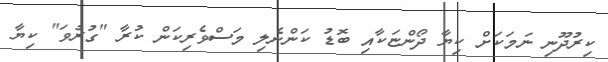
ކިރުދޫނި ނަމަކަށް ކިޔާ ދޯންޏަކާއި ބޮޑު ކަންނެލި މަސްވެރިކަން ކުރާ "ގުރުވަ" ކިޔާ